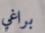
براغي